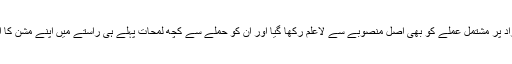
ایٹم بم’لٹل بوائے‘ کو جس جہاز’انولا گے‘ پر لوڈ کیا گیا اس کے 13 افراد پر مشتمل عملے کو بھی اصل منصوبے سے لاعلم رکھا گیا اور ان کو حملے سے کچھ لمحات پہلے ہی راستے میں اپنے مشن کا ادراک ہوا کہ وہ ہیروشیما کو جوہری ہتھیار کا نشانہ بنانے جا رہے ہیں۔